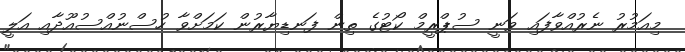
މިއަމުރު ނެރުއްވާފައި ވަނީ ސުޕްރީމް ކޯޓުގެ ތިން ފަނޑިޔާރުން ކަމަށްވާ ހުސްނުއްސުއޫދާއި އަލީ